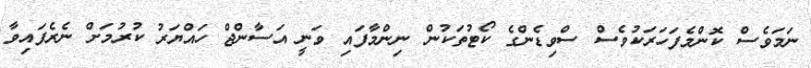
ނަމަވެސް ކޮންމެފަހަރަކުވެސް ސްވިޑެންގެ ކޯޓުތަކުން ނިންމާފައި ވަނީ އަސާންޖް ހައްޔަރު ކުރުމަށް ނެރެފައިވާ